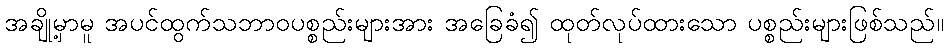
အချို့မှာမူ အပင်ထွက်သဘာဝပစ္စည်းများအား အခြေခံ၍ ထုတ်လုပ်ထားသော ပစ္စည်းများဖြစ်သည်။